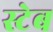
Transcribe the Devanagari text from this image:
स्टेब